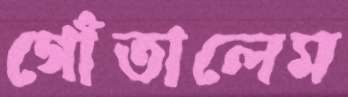
গোঁতালেম